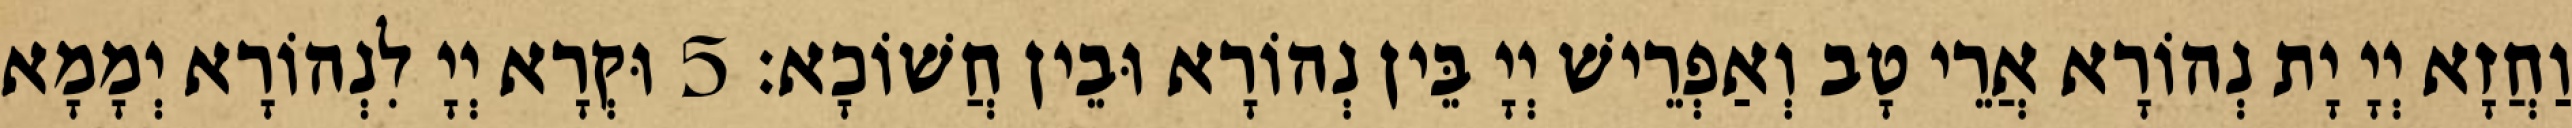
וַחֲזָא יְיָ יָת נְהוֹרָא אֲרֵי טָב וְאַפְרֵישׁ יְיָ בֵּין נְהוֹרָא וּבֵין חֲשׁוֹכָא׃ 5 וּקְרָא יְיָ לִנְהוֹרָא יְמָמָא